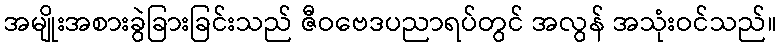
အမျိုးအစားခွဲခြားခြင်းသည် ဇီဝဗေဒပညာရပ်တွင် အလွန် အသုံးဝင်သည်။